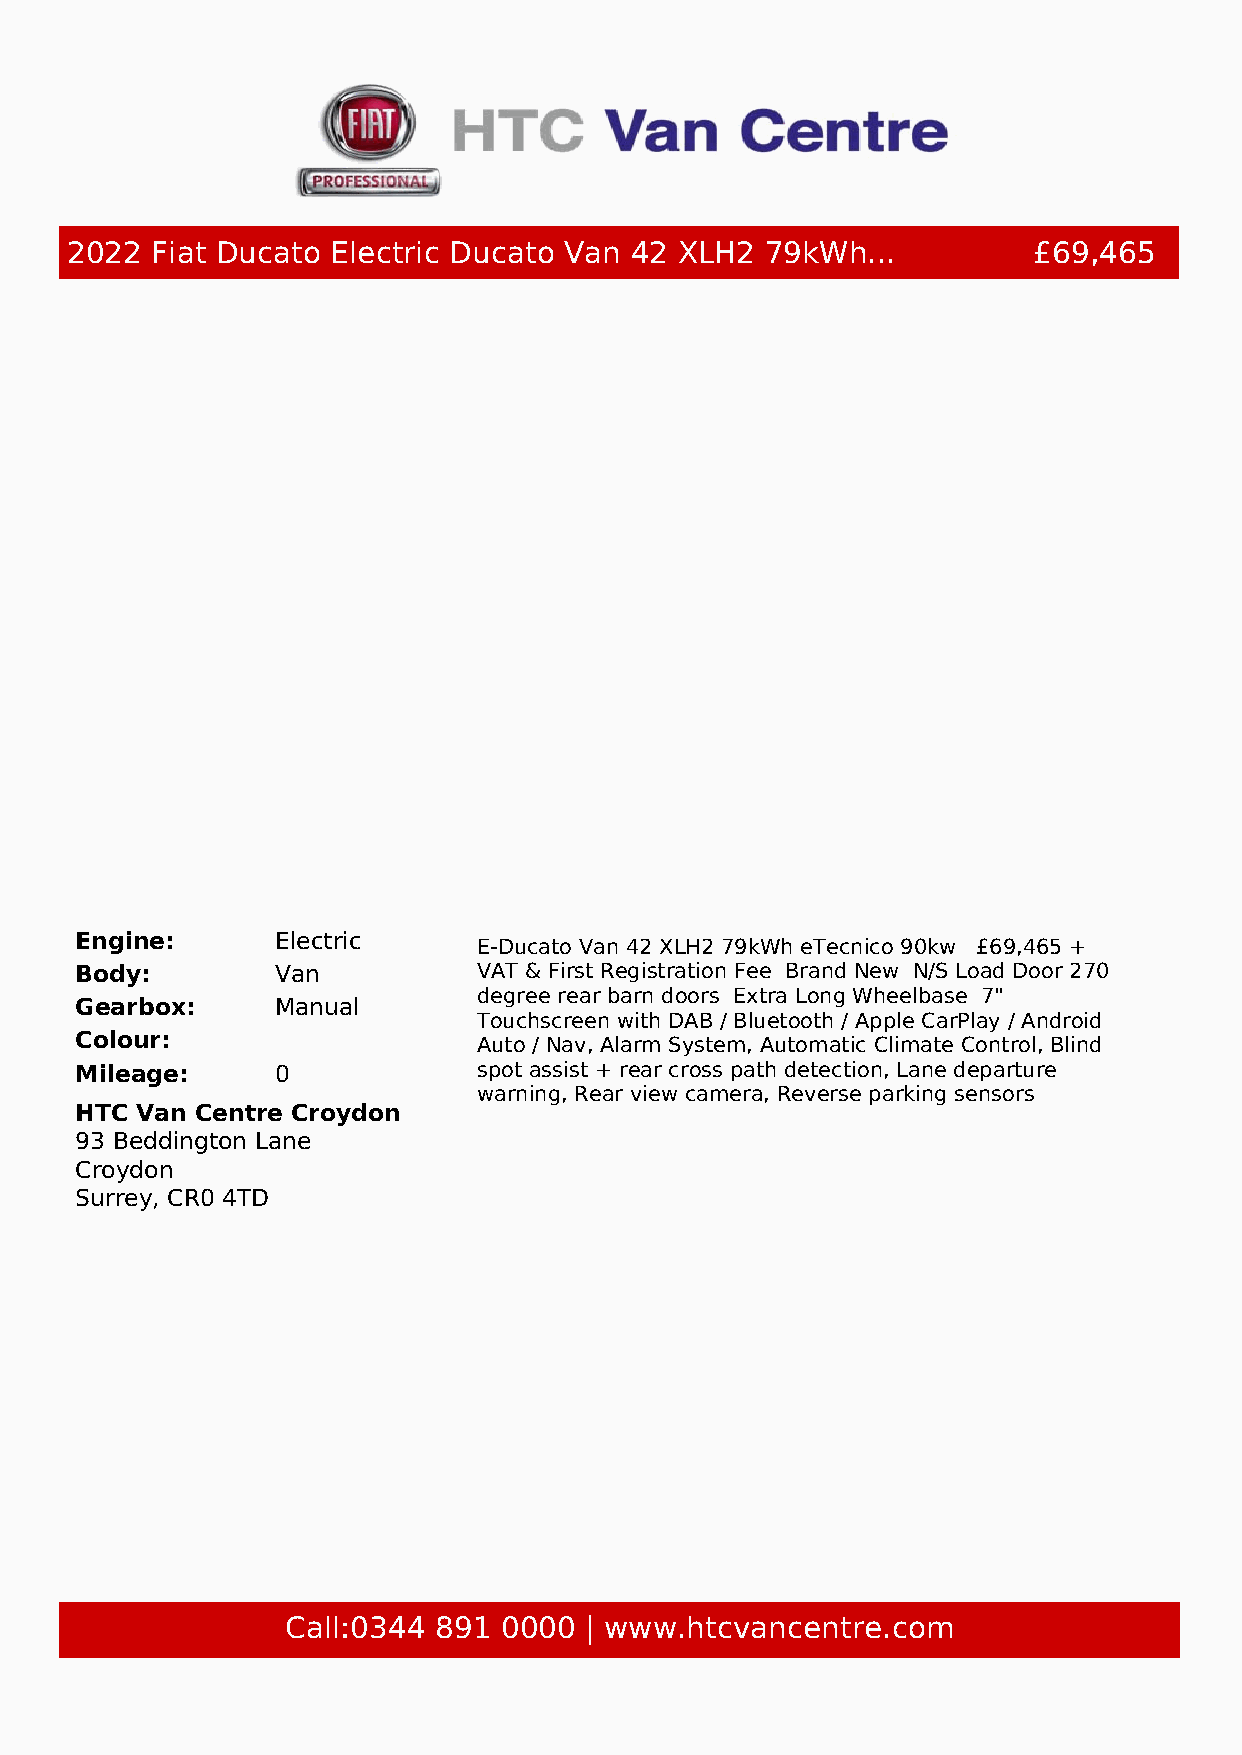
2022  Fiat Ducato Electric Ducato Van 42 XLH2  79kWh...         £69,465
 Engine:      Electric
 E-Ducato Van 42 XLH2 79kWh eTecnico 90kw ​ ​ £69,465 +
 Body:        Van           VAT & First Registration Fee​ ​ Brand New​ ​ N/S Load Door 270
 degree rear barn doors​ ​ Extra Long Wheelbase​ ​ 7"
 Gearbox:     Manual
 Touchscreen with DAB / Bluetooth / Apple CarPlay / Android
 Colour:                    Auto / Nav, Alarm System, Automatic Climate Control, Blind
 Mileage:     0             spot assist + rear cross path detection, Lane departure
 warning, Rear view camera, Reverse parking sensors
 HTC Van Centre Croydon
 93 Beddington Lane
 Croydon
 Surrey, CR0 4TD
 Call:0344 891 0000  | www.htcvancentre.com